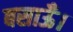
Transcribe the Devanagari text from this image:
बसाऊँ।